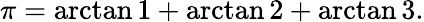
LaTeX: \pi=\arctan 1+\arctan 2+\arctan 3.